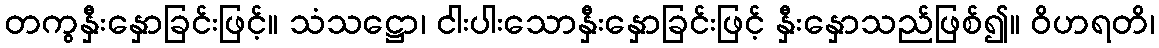
တကွနှီးနှောခြင်းဖြင့်။ သံသဋ္ဌော၊ ငါးပါးသောနှီးနှောခြင်းဖြင့် နှီးနှောသည်ဖြစ်၍။ ဝိဟရတိ၊